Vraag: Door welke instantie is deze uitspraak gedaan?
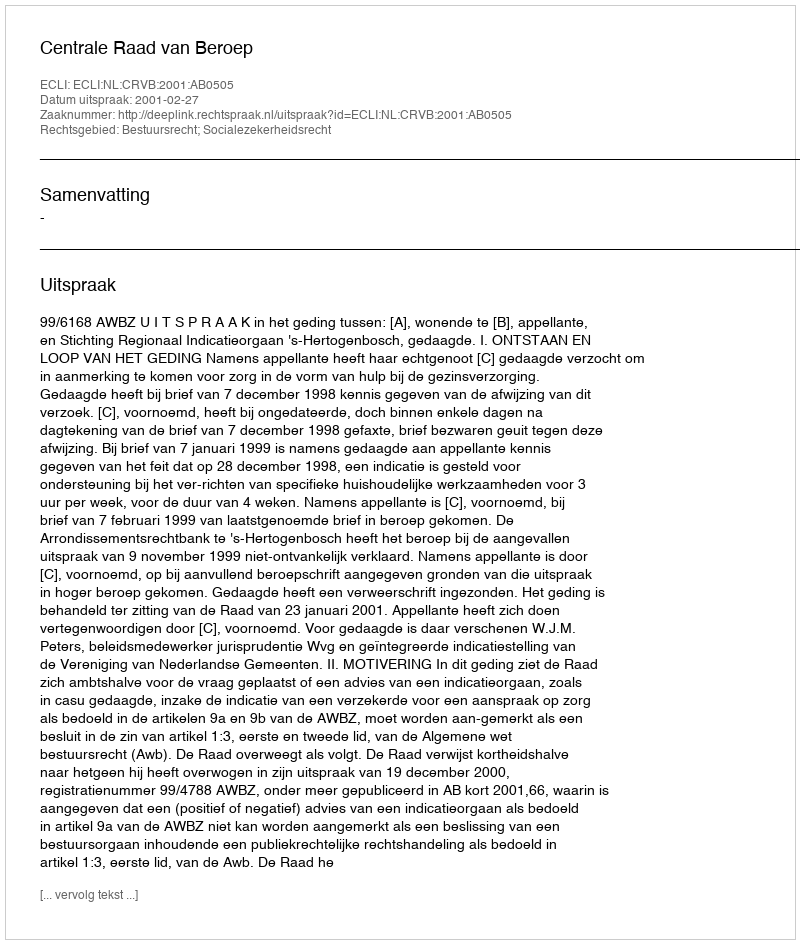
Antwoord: Centrale Raad van Beroep